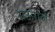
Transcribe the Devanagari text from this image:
राऊराजे